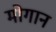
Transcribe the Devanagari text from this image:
मोगान